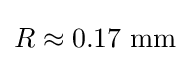
R\approx 0.17{\text{ mm}}